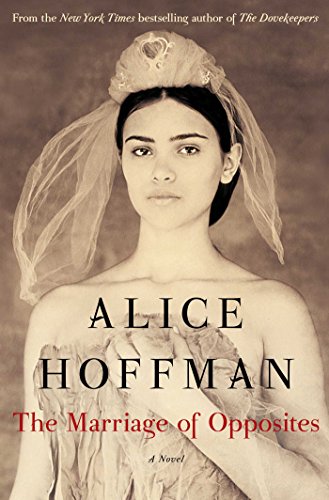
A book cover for The Marriage of Opposites; Alice Hoffman; Literature & Fiction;